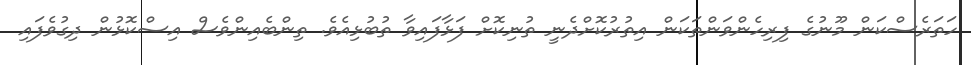
ހަތަރެސްކަން މޫނުގެ ފިރިހެންވަންތަކަން އިތުރުކޮށްދެނީ ތުނިކޮށް ފަޅާފައިވާ ތުބުޅިއެވެ. ތިންބެއިންވެސް އިސްކޮޅުން ދިގުވެފައި